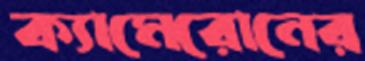
ক্যামেরোনের